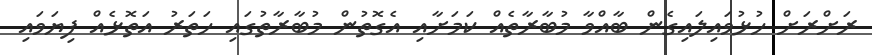
ރަށްރަށް ހުޅުވައިލައިގެން ބާއްވާ މުބާރާތެއް ކަމަށާއި އެގޮތުން މުބާރާތުގައި ހަތަރު އަތޮޅެއް ފިޔަވައި